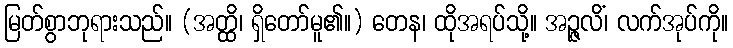
မြတ်စွာဘုရားသည်။ (အတ္ထိ၊ ရှိတော်မူ၏။) တေန၊ ထိုအရပ်သို့။ အဉ္ဇလိံ၊ လက်အုပ်ကို။